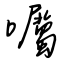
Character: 囑